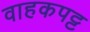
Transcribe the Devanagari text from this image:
वाहकपट्ट